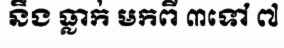
នឹង ធ្លាក់ មកពី ៣ទៅ ៧